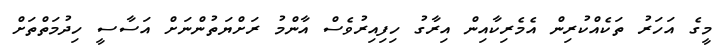
މީގެ އަހަރު ތަކެއްކުރިން އެމެރިކާއިން އިރާގު ހިފިއިރުވެސް އާންމު ރަށްޔަތުންނަށް އަސާސީ ހިދުމަތްތަށް